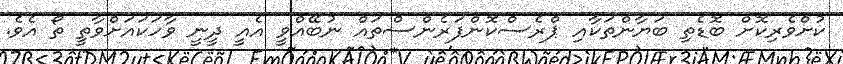
ކުށްވެރިކޮށް ބޮޑެތި ބަޔާންތަކާއި ޕްރެސްކޮންފަރެންސްތައް ނުބޭއްވީ އެއީ ދީނީ ވާހަކައަށްވާތީ ތޯ އެވެ.